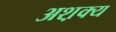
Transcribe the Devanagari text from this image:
अश़क्य